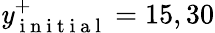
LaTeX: \mathit{y}_{\mathrm{{~i~n~i~t~i~a~l~}}}^{+}=15,30